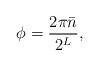
LaTeX: \begin{align*} \phi = \frac{2\pi\bar{n}}{2^L},\end{align*}